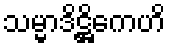
သမ္မာဒိဋ္ဌိကေဟိ